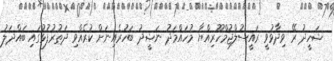
ޝަހީދު ރޭ ވިދާޅުވީ ރައީސުލްޖުމްހޫރިއްޔާ މުހައްމަދު ނަޝީދު ބަހުރެއިނަށް ކުރެއްވި ދަތުރުފުޅުގައި ބައްދަލު